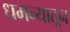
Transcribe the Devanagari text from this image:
धमन्यातून